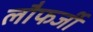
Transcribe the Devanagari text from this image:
लौफर्जी